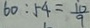
6 0 : 5 4 = \frac { 1 0 } { 9 }